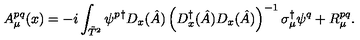
A _ { \mu } ^ { p q } ( x ) = - i \int _ { \tilde { T } ^ { 2 } } \psi ^ { p } { } ^ { \dagger } D _ { x } ( \hat { A } ) \left( D _ { x } ^ { \dagger } ( \hat { A } ) D _ { x } ( \hat { A } ) \right) ^ { - 1 } \sigma _ { \mu } ^ { \dagger } \psi ^ { q } + R _ { \mu } ^ { p q } .